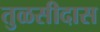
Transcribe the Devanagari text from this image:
तुळसीदास